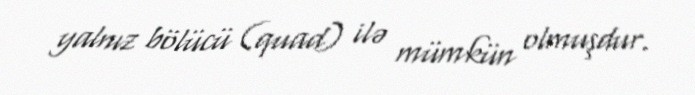
yalnız bölücü (quad) ilə mümkün olmuşdur.